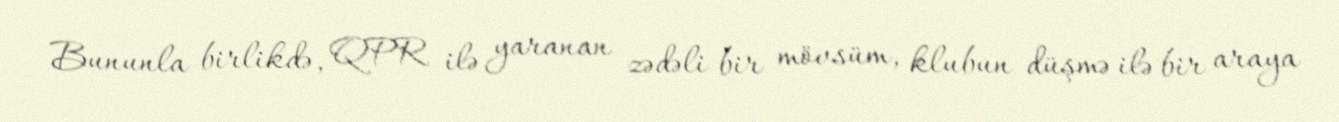
Bununla birlikdə, QPR ilə yaranan zədəli bir mövsüm, klubun düşmə ilə bir araya